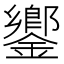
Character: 𨬽